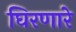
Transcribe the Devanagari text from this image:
घिरणारे